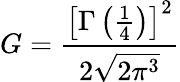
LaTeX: G={\frac{\left[\Gamma\left({\frac{1}{4}}\right)\right]^{2}}{2{\sqrt{2\pi^{3}}}}}